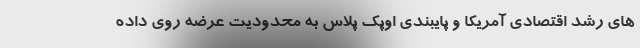
های رشد اقتصادی آمریکا و پایبندی اوپک پلاس به محدودیت عرضه روی داده